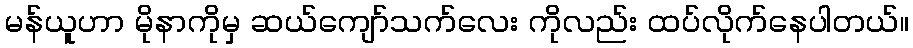
မန်ယူဟာ မိုနာကိုမှ ဆယ်ကျော်သက်လေး ကိုလည်း ထပ်လိုက်နေပါတယ်။